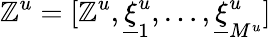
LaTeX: \mathbb{Z}^{u}=[\mathbb{Z}^{u},\underline{{\xi}}_{1}^{u},\dots,\underline{{\xi}}_{M^{u}}^{u}]